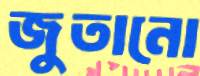
জুতানো